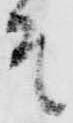
そ